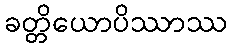
ခတ္တိယောပိဿာဿ